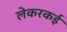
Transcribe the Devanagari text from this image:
लेकरकई